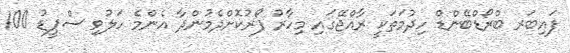
ފައިބަރ ބްރޯޑްބޭންޑް ހިދުމަތަކީ ރާއްޖޭގައި މިހާރު ފޯރުކޮށްދެމުންދާ އެންމެ ހަލުވި ސްޕީޑު 100